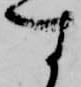
す